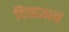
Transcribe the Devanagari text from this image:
दिव्यज्ञानं